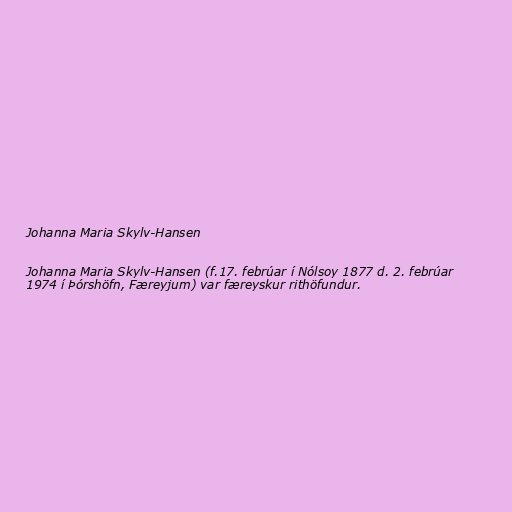
Johanna Maria Skylv-Hansen

Johanna Maria Skylv-Hansen (f.17. febrúar í Nólsoy 1877 d. 2. febrúar
1974 í Þórshöfn, Færeyjum) var færeyskur rithöfundur.